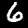
Digit: 6